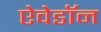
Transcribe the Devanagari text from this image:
ऐवेडॉन